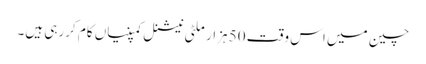
چین میں اس وقت 50 ہزار ملٹی نیشنل کمپنیاں کام کررہی ہیں۔